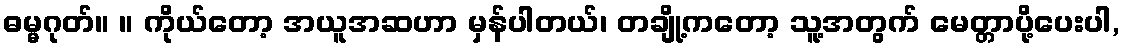
ဓမ္မဂုတ်။ ။ ကိုယ်တော့ အယူအဆဟာ မှန်ပါတယ်၊ တချို့ကတော့ သူ့အတွက် မေတ္တာပို့ပေးပါ,